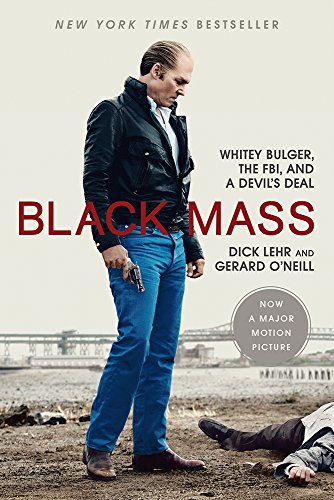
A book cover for Black Mass: Whitey Bulger, the FBI, and a Devil's Deal; Dick Lehr; Biographies & Memoirs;